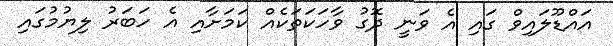
އައްޑޫލައިވް ގައި އެ ވަނީ ދޮގު ވާހަކަތަކެއް ކަމަށާއި އެ ހަބަރު ލިޔުމުގައި